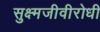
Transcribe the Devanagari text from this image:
सुक्ष्मजीवीरोधी